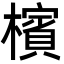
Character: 檳